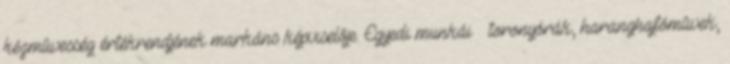
kézmûvesség értékrendjének markáns képviselôje. Egyedi munkái – toronyórák, haranghajtómûvek,